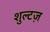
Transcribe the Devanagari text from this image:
शुल्टज़